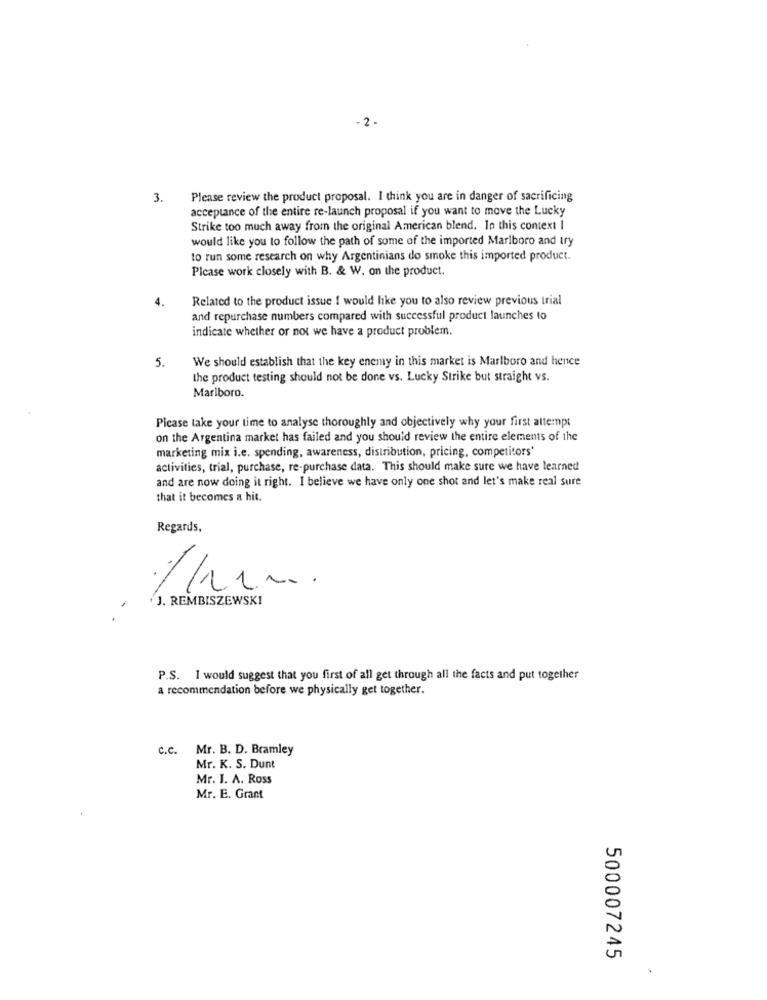
- 2 -
3. Please review the product proposal. I think you are in danger of sacrificing
acceptance of the entire re-launch proposal if you want to move the Lucky
Strike too much away from the original American blend. In this context I
would like you to follow the path of some of the imported Marlboro and try
to run some research on why Argentinians do smoke this imported product.
Please work closely with B. & W. on the product.
4.
Related to the product issue I would like you to also review previous trial
and repurchase numbers compared with successful product launches to
indicate whether or not we have a product problem.
We should establish that the key enemy in this market is Marlboro and hence
5.
the product testing should not be done vs. Lucky Strike but straight vs.
Marlboro.
Picase take your time to analyse thoroughly and objectively why your first attempt
on the Argentina market has failed and you should review the entire elements of the
marketing mix i.e. spending, awareness, distribution, pricing, competitors'
activities, trial, purchase, re-purchase data. This should make sure we have learned
and are now doing it right. I believe we have only one shot and let's make real sure
that it becomes a hit.
Regards,
J. REMBISZEWSKI
P.S. I would suggest that you first of all get through all the facts and put together
a recommendation before we physically get together.
C.C. Mr. B. D. Bramley
Mr. K. S. Dunt
Mr. I. A. Ross
Mr. E. Grant
500007245
.